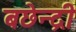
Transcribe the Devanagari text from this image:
बछेन्द्री